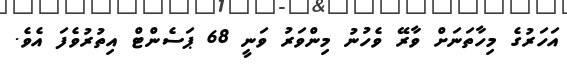
އަހަރުގެ މިހާތަނަށް ވާރޭ ވެހުނު މިންވަރު ވަނީ 68 ޕަސެންޓް އިތުރުވެފަ އެވެ.